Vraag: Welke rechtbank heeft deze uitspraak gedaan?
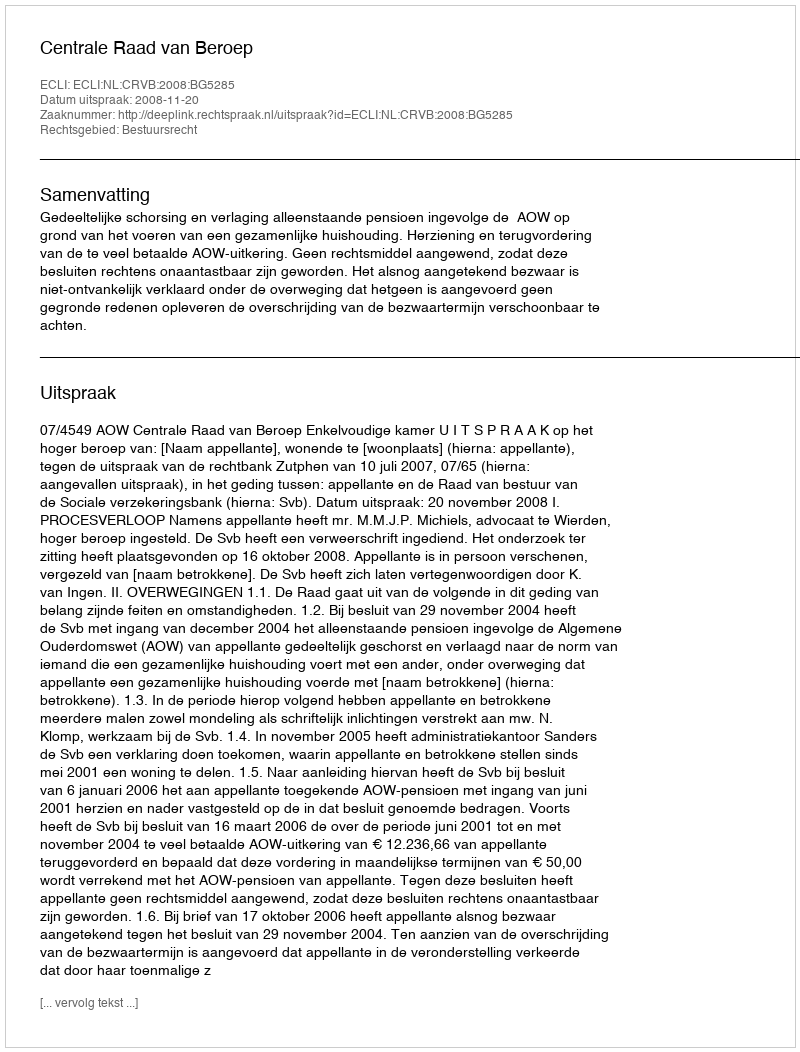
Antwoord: Centrale Raad van Beroep